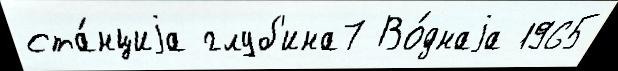
ста́нциjа глуб'ина7 Во́днаjа 1965